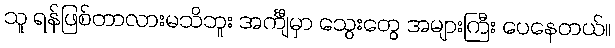
သူ ရန်ဖြစ်တာလားမသိဘူး အင်္ကျီမှာ သွေးတွေ အများကြီး ပေနေတယ်။